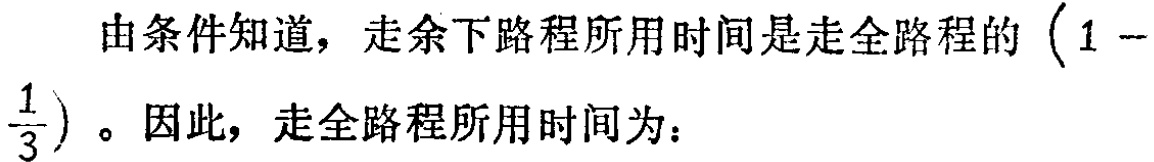
由条件知道，走余下路程所用时间是走全路程的 \((1 - \frac{1}{3})\)。因此，走全路程所用时间为：